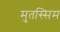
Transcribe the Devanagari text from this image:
मुतस्सिम